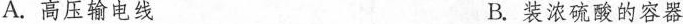
A.高压输电线 B.装浓硫酸的容器